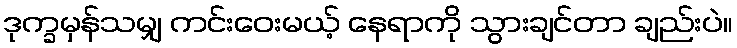
ဒုက္ခမှန်သမျှ ကင်းဝေးမယ့် နေရာကို သွားချင်တာ ချည်းပဲ။